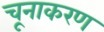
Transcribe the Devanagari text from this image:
चूनाकरण